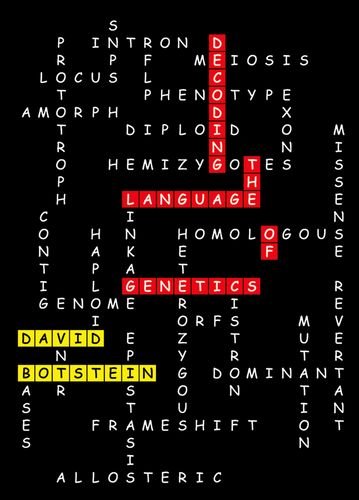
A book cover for Decoding the Language of Genetics; David Botstein; Medical Books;